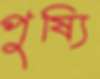
পুষ্যি